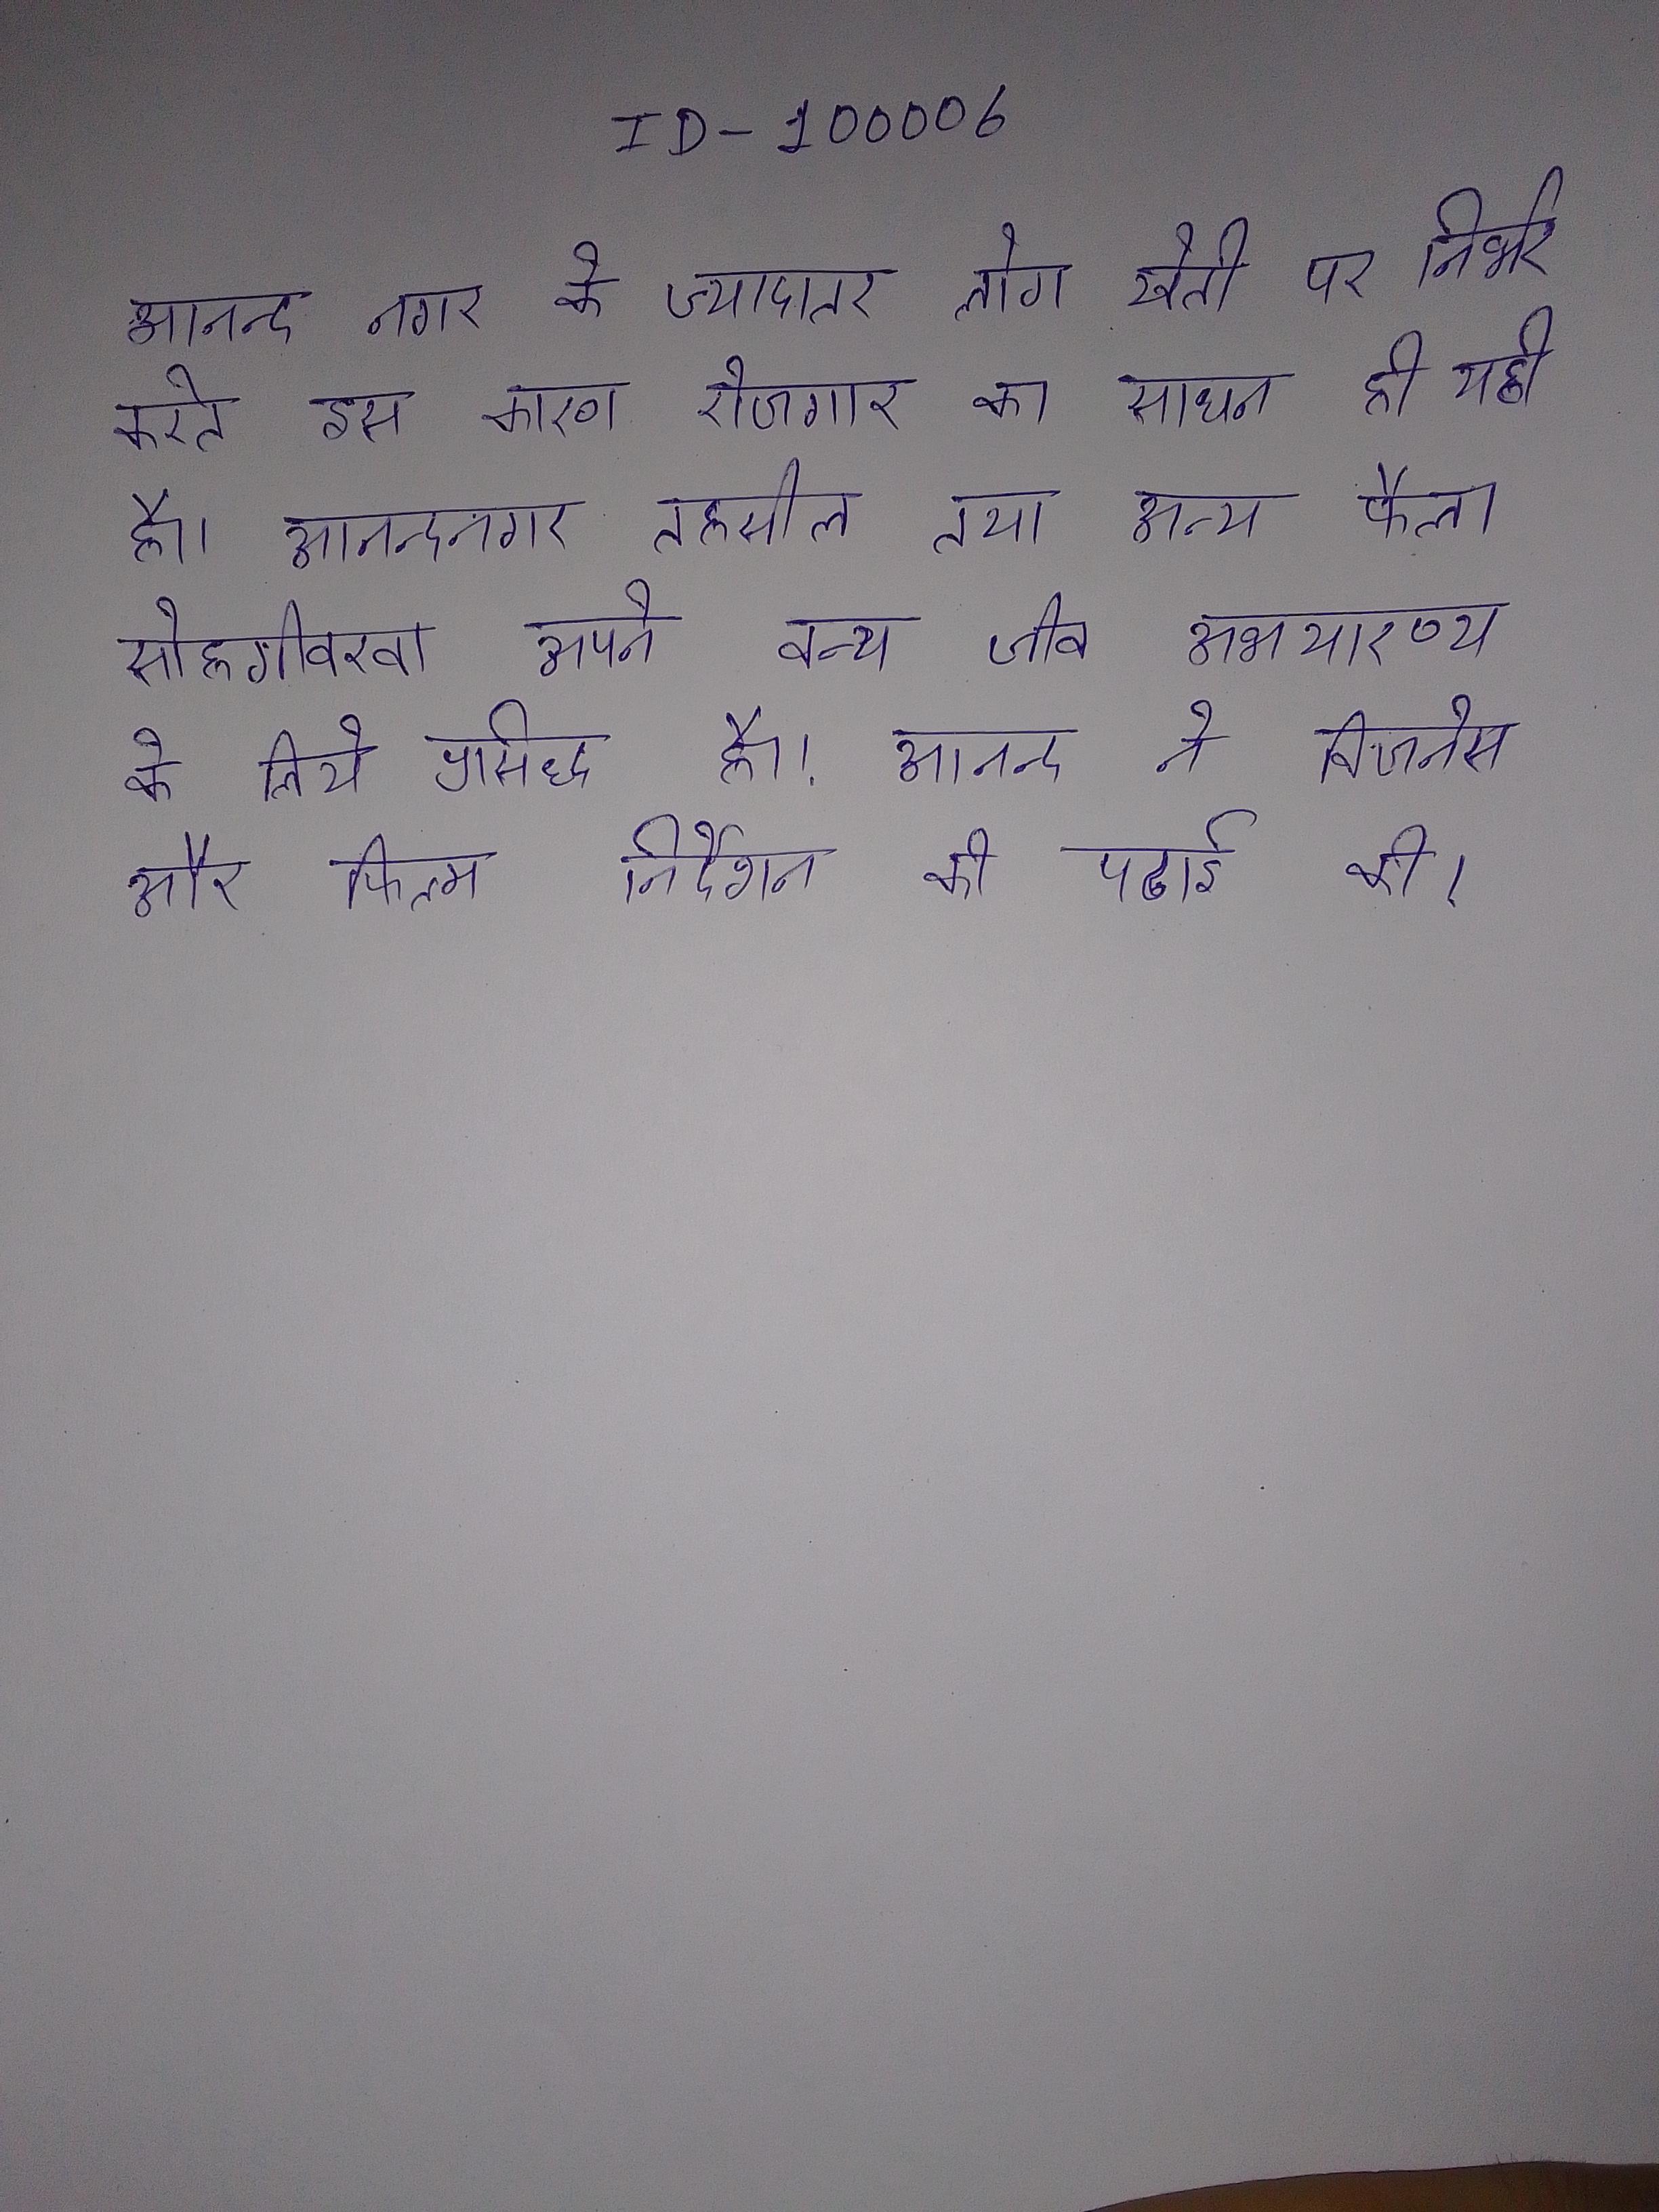
आनन्द नगर के ज्यादातर लोग खेती पर निर्भर करते इस कारण रोजगार का साधन ही यही है । आनन्दनगर तहसील तथा अन्य फैला सोहगीवरवा अपने वन्य जीव अभयारण्य के लिये प्रसिद्ध है । आनन्द ने बिजनेस और फिल्म निर्देशन की पढाई की ।